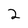
Character: 2